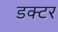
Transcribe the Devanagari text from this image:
डक्टर